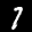
Label: 7